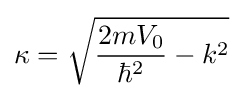
\kappa ={\sqrt {{\frac {2mV_{0}}{\hbar ^{2}}}-k^{2}}}